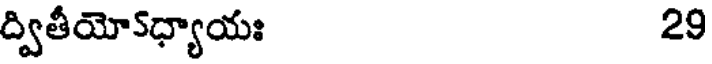
ద్వితీయో5ధ్యాయః 29